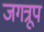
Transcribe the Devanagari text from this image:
जगत्रूप